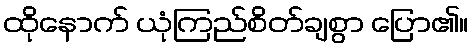
ထိုနောက် ယုံကြည်စိတ်ချစွာ ပြော၏။